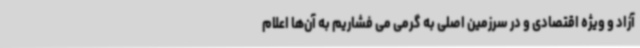
آزاد و ویژه اقتصادی و در سرزمین اصلی به گرمی می فشاریم به آن‌ها اعلام